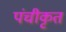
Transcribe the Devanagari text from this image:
पंचीकृत